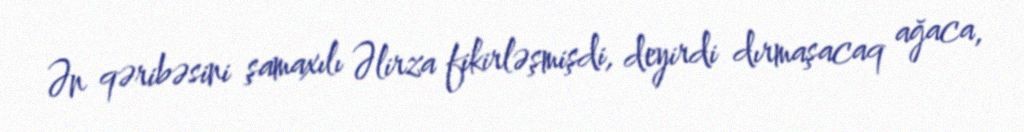
Ən qəribəsini şamaxılı Əlirza fikirləşmişdi, deyirdi dırmaşacaq ağaca,